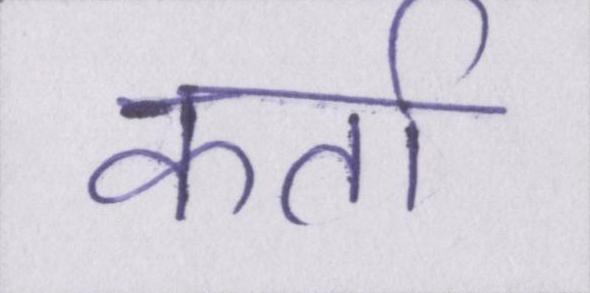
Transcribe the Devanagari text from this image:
कर्ता